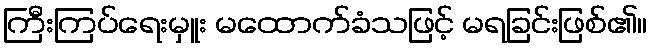
ကြီးကြပ်ရေးမှူး မထောက်ခံသဖြင့် မရခြင်းဖြစ်၏။